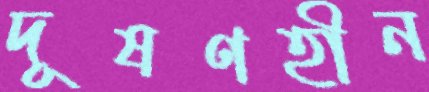
দূষণহীন